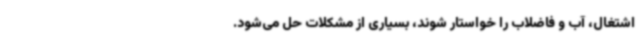
اشتغال، آب و فاضلاب را خواستار شوند، بسیاری از مشکلات حل می‌شود.